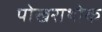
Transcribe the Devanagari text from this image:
पोखराथोक